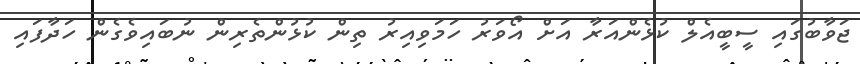
ޖަވާބުގައި ސީބީއެލް ކުޅެންއަރާ އަށް އޯވަރު ހަމަވިއިރު ތިން ކުޅުންތެރިން ނުބައިވެގެން ހަދާފައި